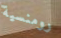
رومنسية